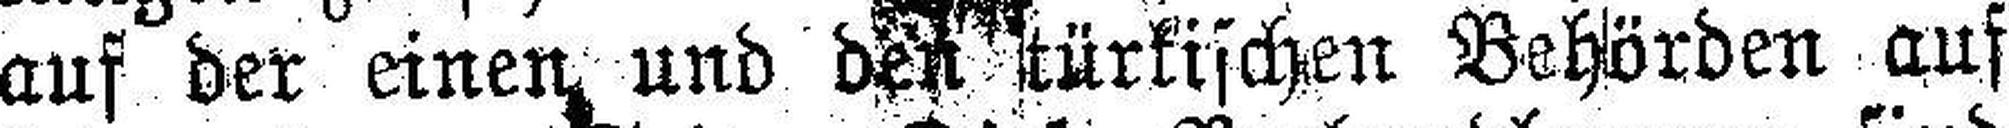
auf der einen und den türkischen Behörden auf